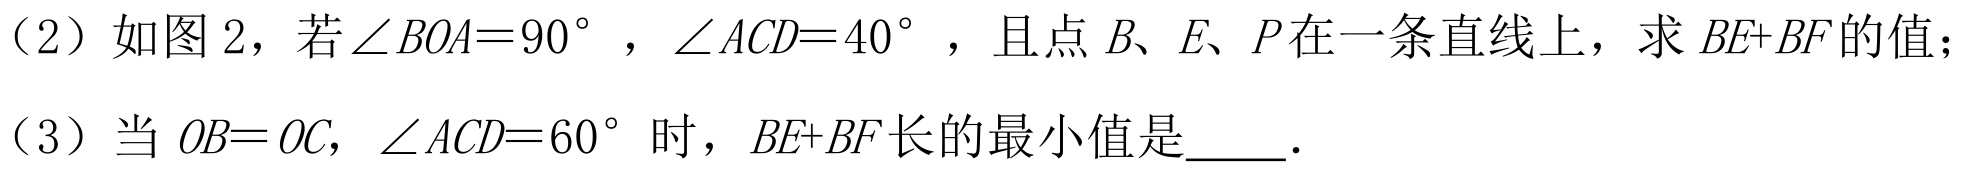
(2) 如图 2，若 \(\angle BOA = 90^{\circ}\)，\(\angle ACD = 40^{\circ}\)，且点 \(B、E、P\) 在一条直线上，求 \(BE + BF\) 的值；
(3) 当 \(OB = OC\)，\(\angle ACD = 60^{\circ}\) 时，\(BE + BF\) 长的最小值是\(\underline{\ \ \ \ }\).